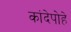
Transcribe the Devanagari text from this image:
कांदेपोहे